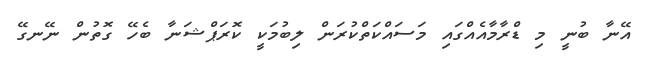
އޭނާ ބުނީ މި ޑްރާމާއެއްގައި މަސައްކަތްކުރަން ލިބުމަކީ ކޮރަޕްޝަނާ ބެހޭ ގޮތުން ނޭނގޭ